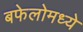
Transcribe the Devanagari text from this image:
बफेलोमध्ये